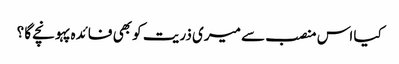
کیا اس منصب سے میری ذریت کو بھی فائدہ پہونچے گا ؟